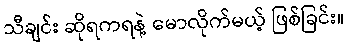
သီချင်း ဆိုရကရနဲ့ မောလိုက်မယ့် ဖြစ်ခြင်း။